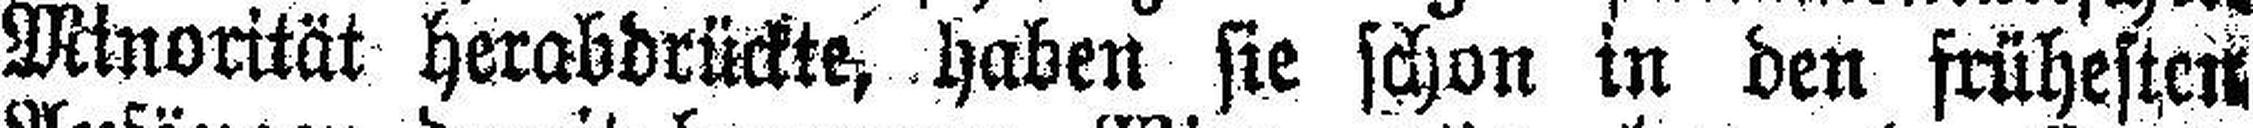
Minorität herabdrückte, haben sie schon in den frühesten